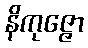
နိကုဇ္ဇော